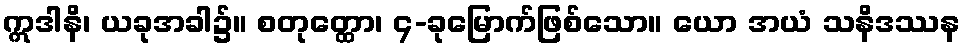
ဣဒါနိ၊ ယခုအခါ၌။ စတုတ္ထော၊ ၄-ခုမြောက်ဖြစ်သော။ ယော အယံ သနိဒဿန